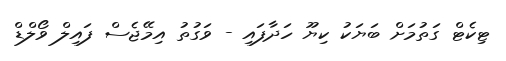
ޓިކެޓް ގަތުމަށް ބަޔަކު ކިޔޫ ހަދާފައި - ވަގުތު އިމޭޖެސް ފައިލް ވޯލްޑް